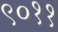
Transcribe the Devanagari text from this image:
९०११